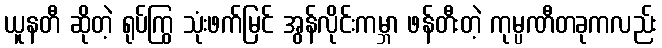
ယူနတီ ဆိုတဲ့ ရုပ်ကြွ သုံးဖက်မြင် အွန်လိုင်းကမ္ဘာ ဖန်တီးတဲ့ ကုမ္ပဏီတခုကလည်း